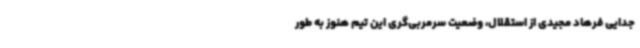
جدایی فرهاد مجیدی از استقلال، وضعیت سرمربی‌گری این تیم هنوز به طور